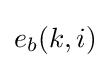
e_{b}(k,i)\,\!